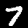
Label: 7